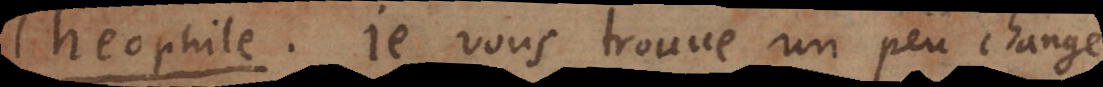
. Je vous trouve un peu changé